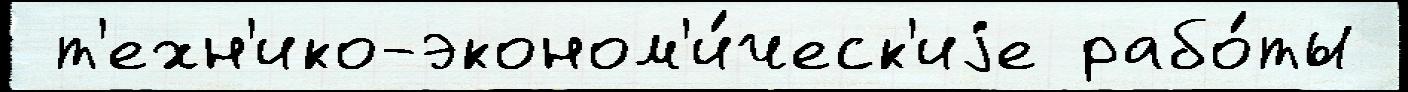
 т'ехн'ико-эконом'и́ческ'иjе рабо́ты